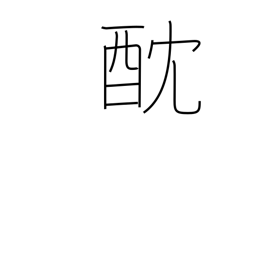
Meaning: poison